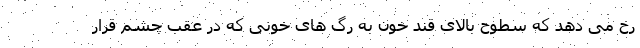
رخ می دهد که سطوح بالای قند خون به رگ های خونی که در عقب چشم قرار